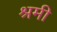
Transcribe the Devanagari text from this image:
श्रमी